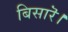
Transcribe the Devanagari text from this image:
बिसारॆ।